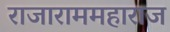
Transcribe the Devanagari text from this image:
राजाराममहाराज